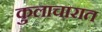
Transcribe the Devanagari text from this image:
कुलाचारात